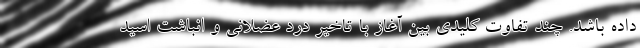
داده باشد. چند تفاوت کلیدی بین آغاز با تاخیر درد عضلانی و انباشت اسید